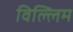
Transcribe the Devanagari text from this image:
विल्लिम